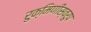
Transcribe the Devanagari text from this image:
रुक्मिणीस्वरुप